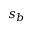
s _ { b }